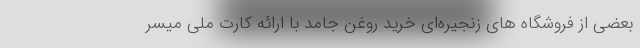
بعضی از فروشگاه های زنجیره‌ای خرید روغن جامد با ارائه کارت ملی میسر